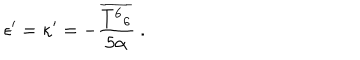
\epsilon ^ { \prime } = \kappa ^ { \prime } = - \frac { \overline { { { { T ^ { 6 } } _ { 6 } } } } } { 5 \alpha } \ .